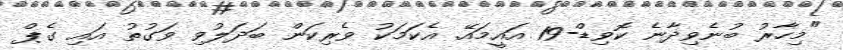
"މިހާރު ބުނެވިދާނެ ކޮވިޑް-19 އައީމައޭ. އެކަމަކު ވެރިކަން ބަދަލުވި ވަގުތު އައި ގެޕް